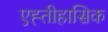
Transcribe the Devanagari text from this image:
एह्तीहासिक